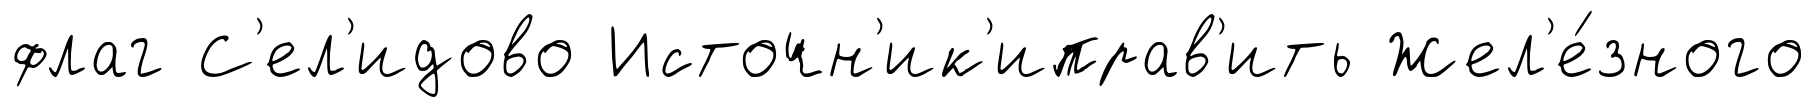
флаг С'ел'идово Источн'ик'иправ'ить Жел'е́зного